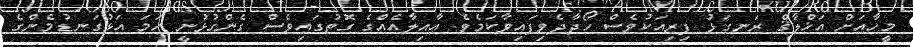
މީހާއަށް އަޚްލާޤް ރަނގަޅު ފިރިއަކުވެސް ހޯދާދެވިފައިވާކަމެވެ. ޢާއިލާއެއްގެ ގޮތުގައިވެސް ގެންގުޅުނީ ހަމަ އަޅުގަނޑުމެންގެ